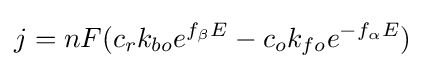
j=nF(c_{r}k_{bo}e^{f_{\beta }E}-c_{o}k_{fo}e^{-f_{\alpha }E})